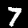
Label: 7